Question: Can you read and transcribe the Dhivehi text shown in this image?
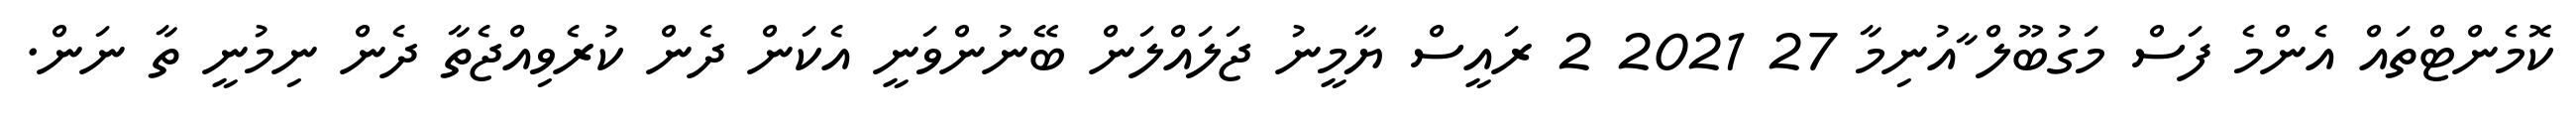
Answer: ކޮމެންޓްތައް އެންމެ ފަސް މަގުބޫލް ާއުނިމާ 27 2021 2 ރައީސް ޔާމީނު ޖަލައްލަން ބޭނުންވަނީ އެކަން ދެން ކުރެވިއްޖެތާ ދެން ނިމުނީ ތާ ނަން.